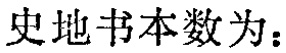
史地书本数为：